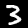
Digit: 3